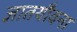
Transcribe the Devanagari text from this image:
ज्ञातयौवना